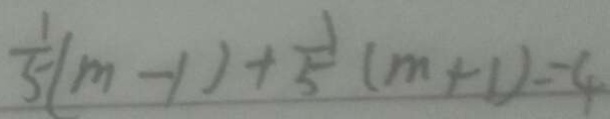
\frac { 1 } { 5 } ( m - 1 ) + \frac { 1 } { 5 } ( m + 1 ) = 4